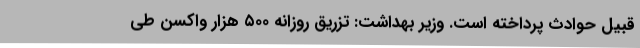
قبیل حوادث پرداخته است. وزیر بهداشت: تزریق روزانه ۵۰۰ هزار واکسن طی